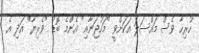
ހުރިހާ ވެސް މައްސަލަ އަކަށްވީ "މަހުޖަނާއި" އެންމެ ބޮޑު "ވެރިޔާ" އަދި އެ